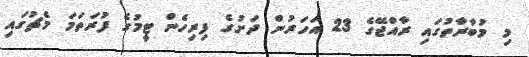
މި މުބާރާތުގައި ރާއްޖޭގެ 23 އަހަރުން ދަށުގެ ފިރިހެން ޓީމުގެ ފުރަތަމަ މެޗުގައި